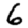
Digit: 6